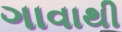
ગાવાથી